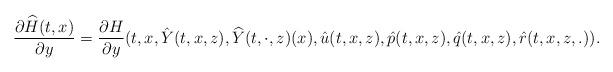
LaTeX: \begin{align*}\frac{\partial \widehat{H}(t,x)}{\partial y}=\frac{\partial H}{\partial y}(t,x,\hat{Y}(t,x,z),\widehat{Y}(t,\cdot,z)(x),\hat{u}(t,x,z),\hat{p}(t,x,z),\hat{q}(t,x,z),\hat{r}(t,x,z,.)).\end{align*}